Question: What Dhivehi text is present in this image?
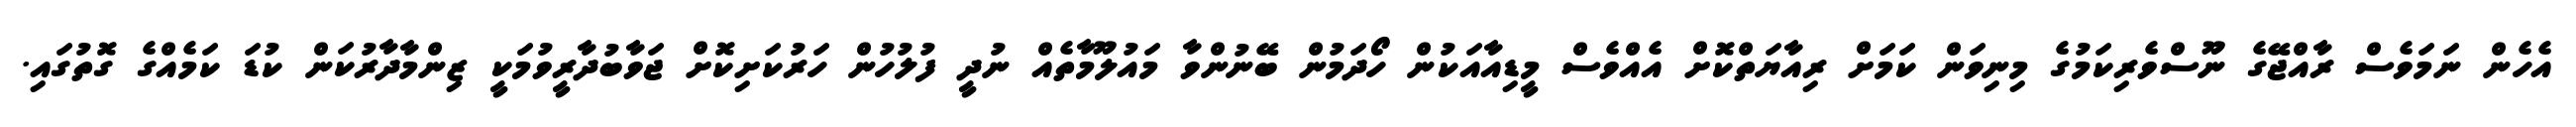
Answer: އެހެން ނަމަވެސް ރާއްޖޭގެ ނޫސްވެރިކަމުގެ މިނިވަން ކަމަށް ރިއާޔަތްކޮށް އެއްވެސް މީޑިއާއަކުން ހޯދަމުން ބޭނުންވާ މައުލޫމާތެއް ނުދީ ފުލުހުން ހަރުކަށިކޮށް ޖަވާބުދާރީވުމަކީ ޒިންމާދާރުކަން ކުޑަ ކަމެއްގެ ގޮތުގައި.